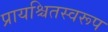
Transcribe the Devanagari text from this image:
प्रायश्चितस्वरूप